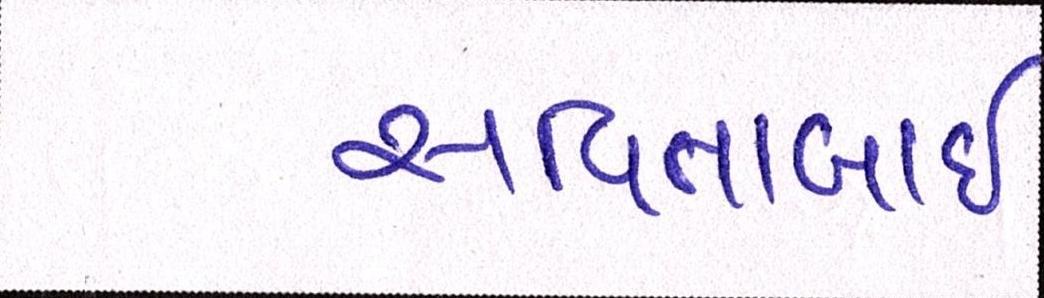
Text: સવિતાબાઇ